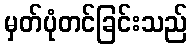
မှတ်ပုံတင်ခြင်းသည်